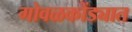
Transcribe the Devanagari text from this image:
गोवळकोंड्यात